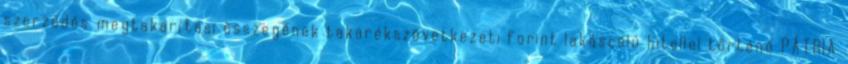
szerződés megtakarítási összegének takarékszövetkezeti forint lakáscélú hitellel történő PÁTRIA